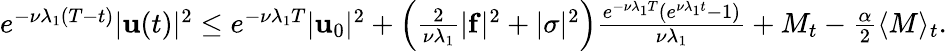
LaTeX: \begin{array}{r}{e^{-\nu\lambda_{1}(T-t)}|\mathbf{u}(t)|^{2}\leq e^{-\nu\lambda_{1}T}|\mathbf{u}_{0}|^{2}+\left(\frac{2}{\nu\lambda_{1}}|\mathbf{f}|^{2}+|\sigma|^{2}\right)\frac{e^{-\nu\lambda_{1}T}(e^{\nu\lambda_{1}t}-1)}{\nu\lambda_{1}}+M_{t}-\frac{\alpha}{2}\langle M\rangle_{t}.}\end{array}